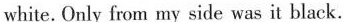
white. Only from my side was it black.